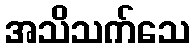
အသိသက်သေ